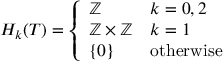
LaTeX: H _ { k } ( T ) = { \left\{ \begin{array} { l l } { \mathbb { Z } } & { k = 0 , 2 } \\ { \mathbb { Z } \times \mathbb { Z } } & { k = 1 } \\ { \{ 0 \} } & { { \mathrm { o t h e r w i s e } } } \end{array} \right. }